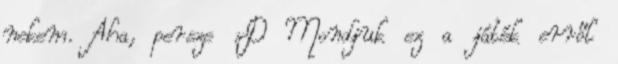
nekem. Aha, persze :D Mondjuk ez a játék erről